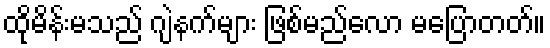
ထိုမိန်းမသည် ဂျဲနက်များ ဖြစ်မည်လော မပြောတတ်။